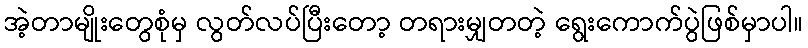
အဲ့တာမျိုးတွေစုံမှ လွတ်လပ်ပြီးတော့ တရားမျှတတဲ့ ရွေးကောက်ပွဲဖြစ်မှာပါ။